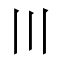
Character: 〣